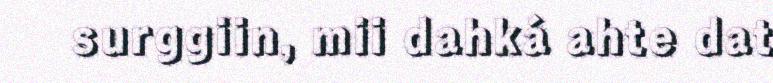
surggiin, mii dahká ahte dat